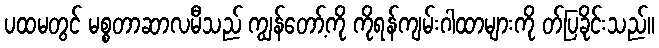
ပထမတွင် မစ္စတာဆာလမီသည် ကျွန်တော့်ကို ကိုရန်ကျမ်းဂါထာများကို တ်ပြခိုင်းသည်။